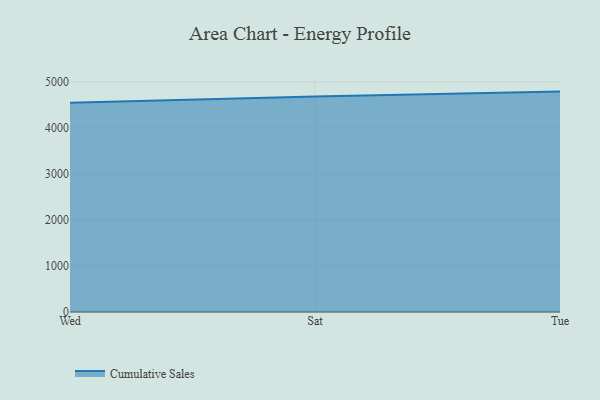
{"axis": {"x": "Day", "y": "Tickets Resolved"}, "legend": ["Cumulative Sales"], "data": [{"x": "Wed", "y": 4547.4, "type": "Cumulative Sales"}, {"x": "Sat", "y": 4681.6, "type": "Cumulative Sales"}, {"x": "Tue", "y": 4788.4, "type": "Cumulative Sales"}]}